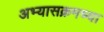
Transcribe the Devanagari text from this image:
अभ्यासक्रमच्या